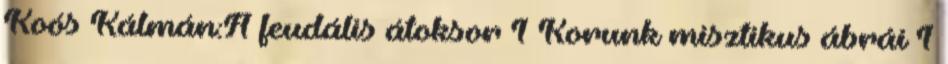
Koós Kálmán:A feudális átoksor 1 Korunk misztikus ábrái 1